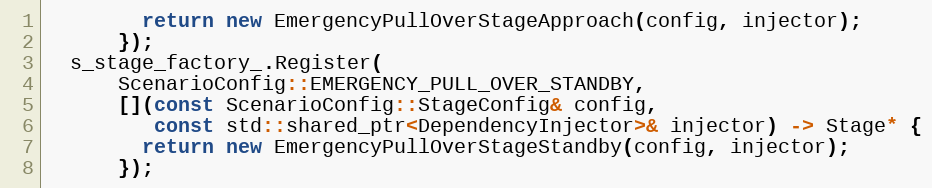
Language: C++
        return new EmergencyPullOverStageApproach(config, injector);
      });
  s_stage_factory_.Register(
      ScenarioConfig::EMERGENCY_PULL_OVER_STANDBY,
      [](const ScenarioConfig::StageConfig& config,
         const std::shared_ptr<DependencyInjector>& injector) -> Stage* {
        return new EmergencyPullOverStageStandby(config, injector);
      });